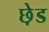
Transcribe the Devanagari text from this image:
छ़ेड